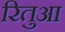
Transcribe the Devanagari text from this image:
रितुआ